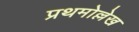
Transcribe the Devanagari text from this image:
प्रथमोल्लेख